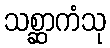
သစ္ဆာကံသု